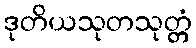
ဒုတိယသုတသုတ္တံ